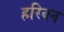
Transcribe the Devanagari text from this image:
हरिबन